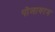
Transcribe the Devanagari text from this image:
पोलावरम